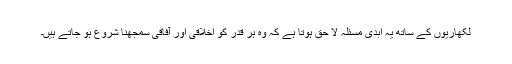
لکھاریوں کے ساتھ یہ ابدی مسئلہ لا حق ہوتا ہے کہ وہ ہر قدر کو اخلاقی اور آفاقی سمجھنا شروع ہو جاتے ہیں۔